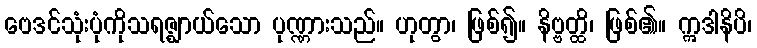
ဗေဒင်သုံးပုံကိုသရဇ္ဈာယ်သော ပုဏ္ဏားသည်။ ဟုတွာ၊ ဖြစ်၍။ နိဗ္ဗတ္ထိ၊ ဖြစ်၏။ ဣဒါနိပိ၊